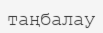
таңбалау